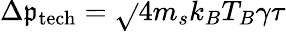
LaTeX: \Delta\mathfrak{p}_{\mathrm{{tech}}}=\sqrt{}{{4m_{s}k_{B}T_{B}\gamma\tau}}